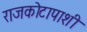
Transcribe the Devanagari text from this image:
राजकोटापाशी